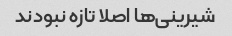
شیرینی‌ها اصلا تازه نبودند